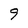
Character: 9